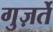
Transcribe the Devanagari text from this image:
गुज़र्ते